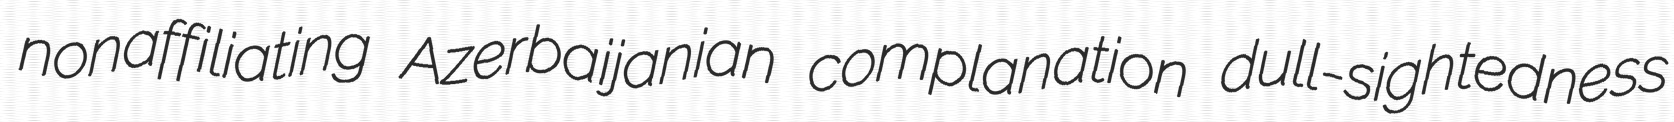
nonaffiliating Azerbaijanian complanation dull-sightedness